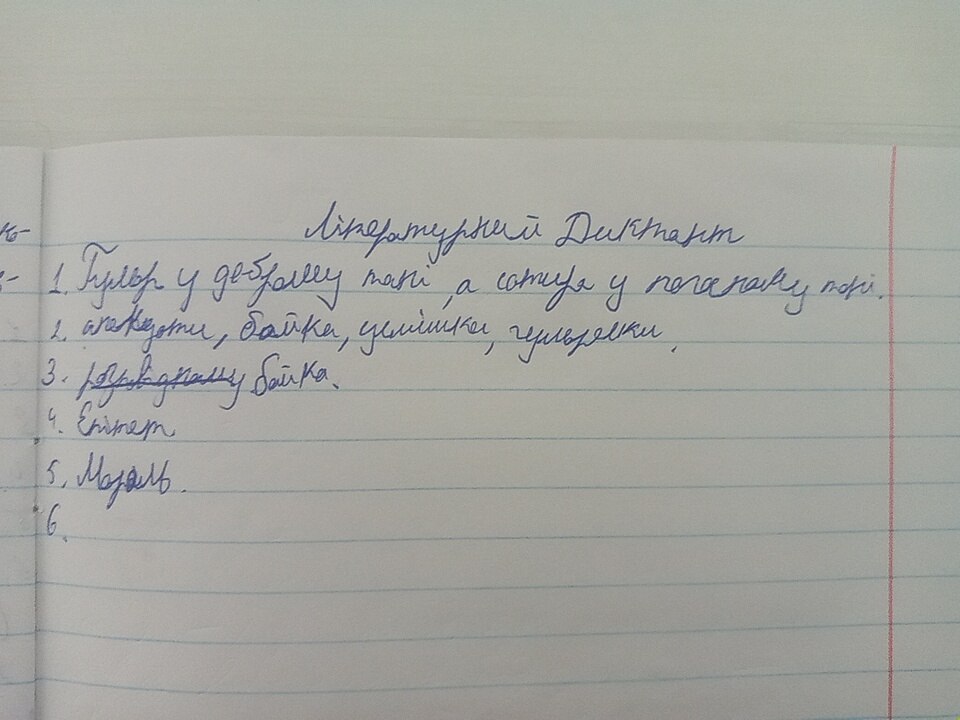
Літературний Диктант
1. Гумор у доброму тані, а сатира у поганому тоні.
2. анекдоти, байки, усмішки, гуморески.
~~розповідному~~ байка.
4. Епітет
5. Мораль.
6.